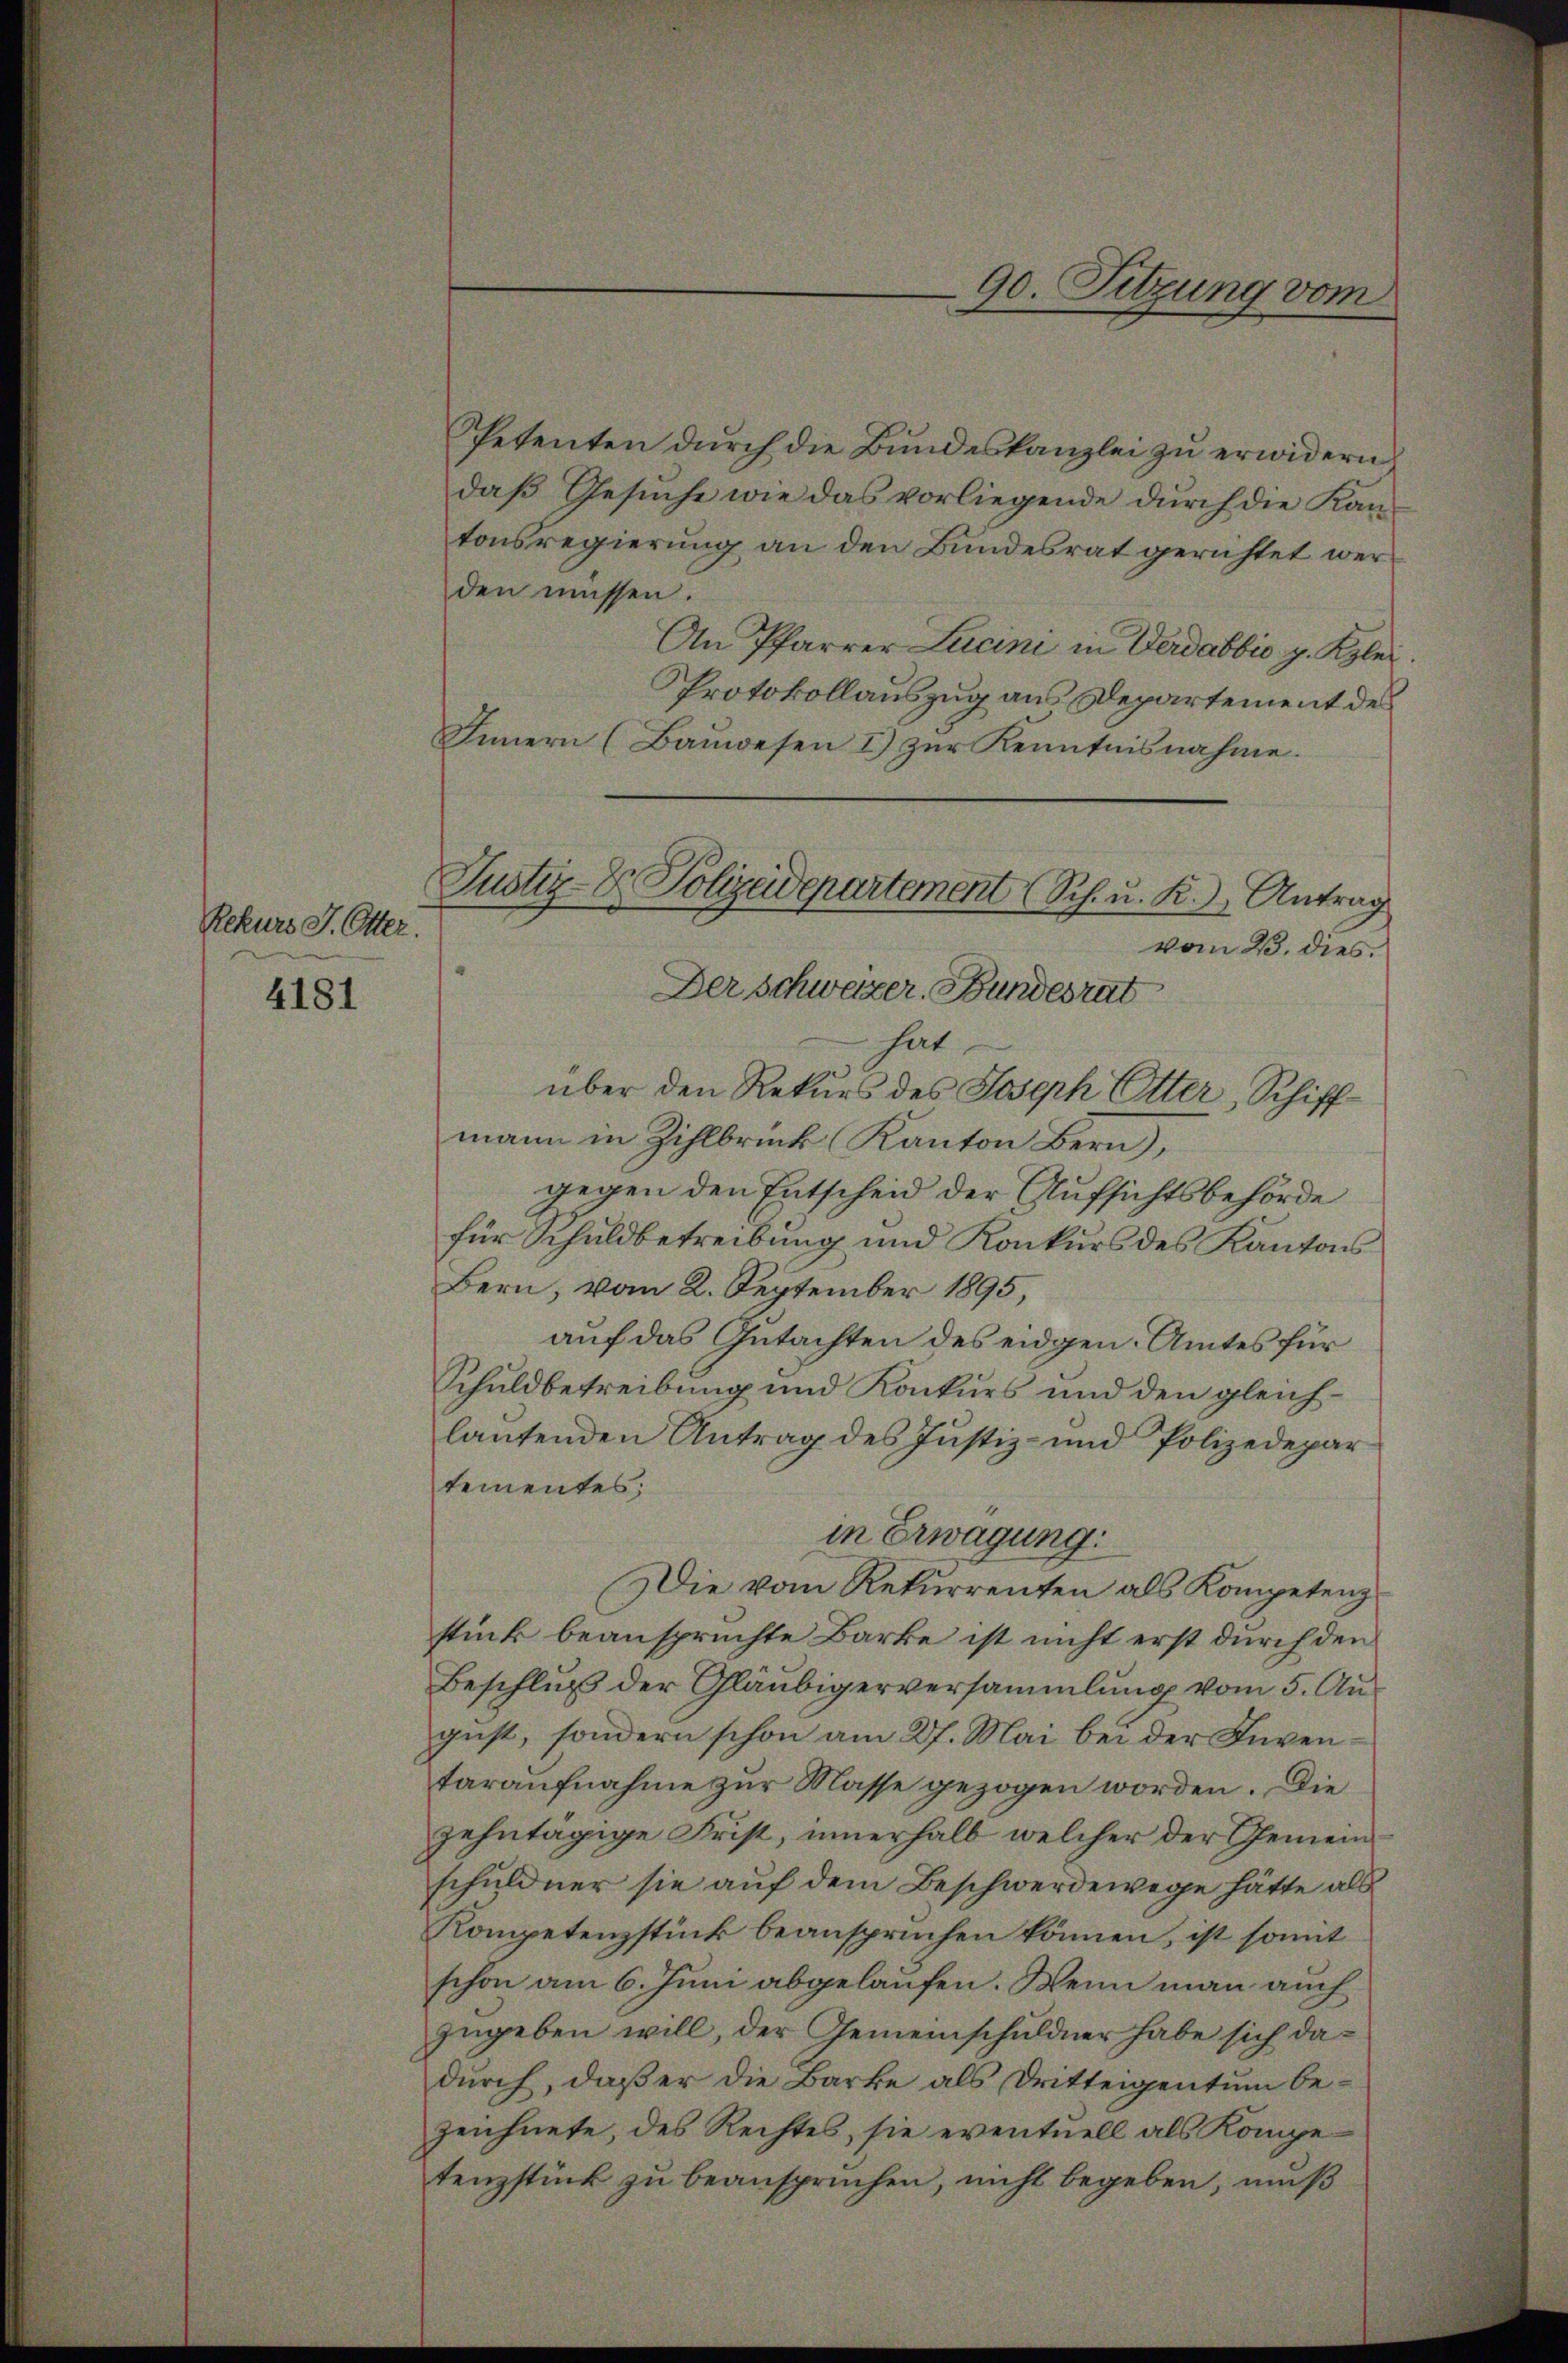
Rekurs J. Otter.
4181

Petenten durch die Bundeskanzlei zu erwidern,
daß Gesuche wie das vorliegende durch die Kantonsregierung an den Bundesrat gerichtet werden müssen.
An Pfarrer Lucini in Verdabbio p. Kzlei.
Protokollauszug aus Departement des
Innern (Bauwesen I) zur Kenntnisnahme.
mann in Zihlbrück Kanton Bern),
gegen den Entscheid der Aufsichtsbehörde
für Schuldbetreibung und Konkurs des Kantons
Bern, vom 2. September 1895,
auf das Gutachten des eidgen. Amtes für
Schuldbetreibung und Konkurs und den gleichlautenden Antrag des Justiz- und Polizedepar
tementes;
in Erwägung:
Die vom Rekurrenten als Kompetenz
stück beanspruchte Barke ist nicht erst durch den
Beschluß der Gläubigerversammlung vom 5. August, sondern schon am 27. Mai bei der Inventaraufnahme zur Masse gezogen worden. Die
zehntägige Frist, innerhalb welcher der Gemeinschuldner sie auf dem Beschwerdewege hätte als
Kompetenzstück beansprüchen können, ist somit
schon am 6. Juni abgelaufen. Wenn man auch
zugeben will, der Gemeinschuldner habe sich dadurch, daß er die Barke als Dritteigentum bezeichnete, des Rechtes, sie eventuell als Kompetenzstück zu beansprüchen, nicht begeben, muß

90. Sitzung vom

Justiz- & Polizeidepartement (Sch. u. R.) Antrag
vom 23. dies
Der Schweizer. Bundesrat
hat
über den Rekurs des Joseph Otter, Schiff¬